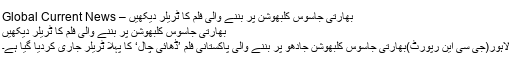
بھارتی جاسوس کلبھوشن پر بننے والی فلم کا ٹریلر دیکھیں – Global Current News
بھارتی جاسوس کلبھوشن پر بننے والی فلم کا ٹریلر دیکھیں
لاہور(جی سی این رپورٹ)بھارتی جاسوس کلبھوشن جادھو پر بننے والی پاکستانی فلم ’ڈھائی چال‘ کا پہلا ٹریلر جاری کردیا گیا ہے۔